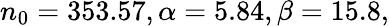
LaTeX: n_{0}=353.57,\alpha=5.84,\beta=15.8,